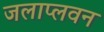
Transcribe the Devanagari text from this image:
जलाप्लवन